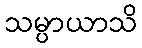
သမ္ပာယာသိ